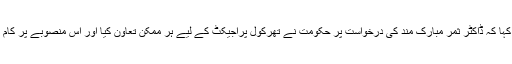
انہوں نے کہا کہ ڈاکٹر ثمر مبارک مند کی درخواست پر حکومت نے تھرکول پراجیکٹ کے لیے ہر ممکن تعاون کیا اور اس منصوبے پر کام ہورہا ہے۔